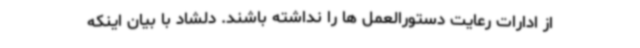
از ادارات رعایت دستورالعمل ها را نداشته باشند. دلشاد با بیان اینکه